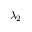
\lambda _ { 2 }